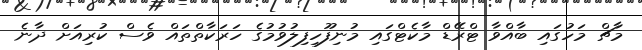
މާޗް މަހުގައި ބާއްވާ ޓްރޭޑް މާކެޓްގައި މުނިފޫހިފިލުވުމުގެ ހަރަކާތްތައް ވެސް ކުރިއަށް ދާނެ